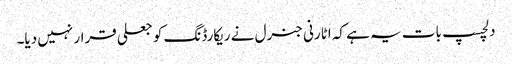
دلچسپ بات یہ ہے کہ اٹارنی جنرل نے ریکارڈنگ کو جعلی قرار نہیں دیا۔